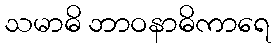
သမာဓိ ဘာဝနာဓိကာရေ